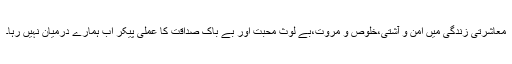
معاشرتی زندگی میں امن و آشتی،خلوص و مروت،بے لوث محبت اور بے باک صداقت کا عملی پیکر اب ہمارے درمیان نہیں رہا۔